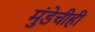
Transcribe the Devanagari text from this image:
मुंडेचीही